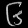
Digit: ၆